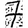
Digit: 7